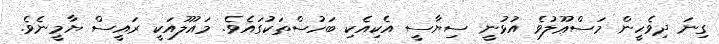
ގިނަ ދިވެހީން މަސްޢޫލުވެ އުޅުނީ ސިޔާސީ އެކިއެކި ބަހުސްތަކުގައެވެ. މައުލޫއަކީ ރައީސް ޔާމީނެވެ.